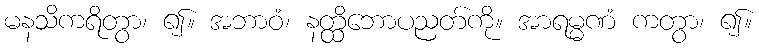
မနသိကရိတွာ၊ ၍။ အဘာဝံ၊ နတ္ထိဘောပညတ်ကို။ အာရမ္မဏံ ကတွာ၊ ၍။